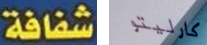
شفافة كارليتو